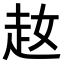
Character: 𧺜